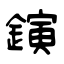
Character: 鏔